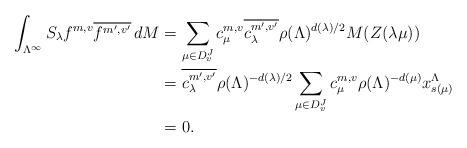
LaTeX: \begin{align*}\int_{\Lambda^\infty}S_\lambda f^{m,v} \overline{f^{m',v'}} \, dM &= \sum_{\mu \in D_v^J} c^{m,v}_\mu \overline{c^{m',v'}_\lambda} \rho(\Lambda)^{d(\lambda)/2} M(Z(\lambda\mu)) \\&= \overline{c^{m',v'}_\lambda} \rho(\Lambda)^{-d(\lambda)/2} \sum_{\mu \in D_v^J}c^{m,v}_\mu \rho(\Lambda)^{-d(\mu)} x^\Lambda_{s(\mu)} \\&= 0.\end{align*}